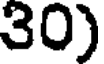
30)